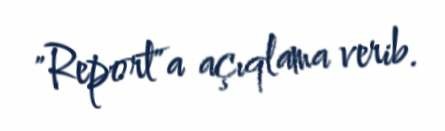
"Report"a açıqlama verib.